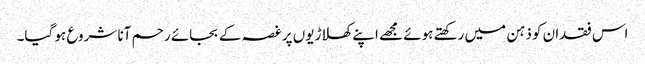
اس فقدان کو ذہن میں رکھتے ہوئے مجھے اپنے کھلاڑیوں پر غصہ کے بجائے رحم آنا شروع ہو گیا۔